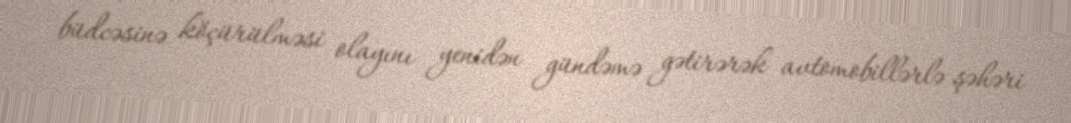
büdcəsinə köçürülməsi olayını yenidən gündəmə gətirərək avtomobillərlə şəhəri